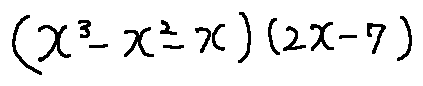
( x ^ { 3 } - x ^ { 2 } - x ) ( 2 x - 7 )